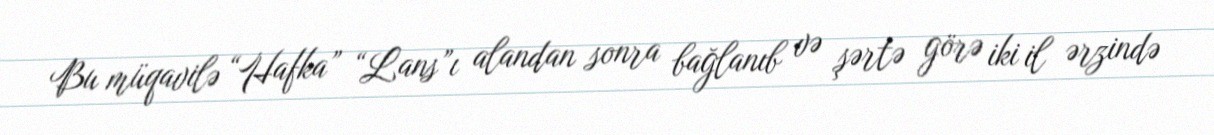
Bu müqavilə “Hafka” “Lans”ı alandan sonra bağlanıb və şərtə görə iki il ərzində